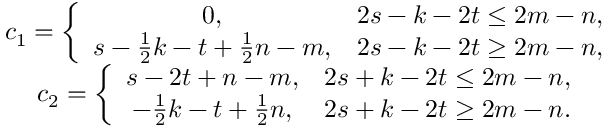
\begin{array} { c } { c _ { 1 } = \left\{ \begin{array} { c c } { 0 , } & { 2 s - k - 2 t \le 2 m - n , } \\ { s - \frac { 1 } { 2 } k - t + \frac { 1 } { 2 } n - m , } & { 2 s - k - 2 t \ge 2 m - n , } \end{array} \right. } \\ { c _ { 2 } = \left\{ \begin{array} { c c } { s - 2 t + n - m , } & { 2 s + k - 2 t \le 2 m - n , } \\ { - \frac { 1 } { 2 } k - t + \frac { 1 } { 2 } n , } & { 2 s + k - 2 t \ge 2 m - n . } \end{array} \right. } \end{array}